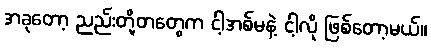
အခုတော့ ညည်းတို့တတွေက ငါ့အစ်မနဲ့ ငါ့လို ဖြစ်တော့မယ်။